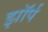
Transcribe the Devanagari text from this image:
झॉर्प